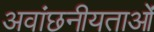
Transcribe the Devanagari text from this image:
अवांछनीयताओं